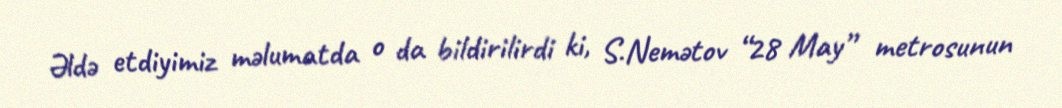
Əldə etdiyimiz məlumatda o da bildirilirdi ki, S.Nemətov “28 May” metrosunun